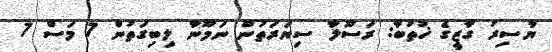
ޔާސިރު ގާޒީގެ ޚުތުބާ: ރަސޫލާ ސިޔަރަތުން ނަމޫނާ ލިބިގަތުން 7 މަސް 7